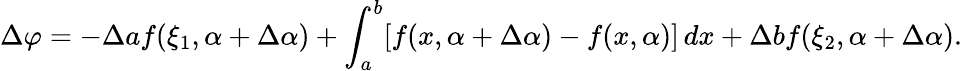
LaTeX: \Delta\varphi=-\Delta af(\xi_{1},\alpha+\Delta\alpha)+\int_{a}^{b}[f(x,\alpha+\Delta\alpha)-f(x,\alpha)]\, dx+\Delta bf(\xi_{2},\alpha+\Delta\alpha).